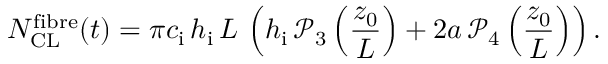
N _ { \mathrm { C L } } ^ { \mathrm { f i b r e } } ( t ) = \pi c _ { \mathrm { i } } \, h _ { \mathrm { i } } \, L \, \left( h _ { \mathrm { i } } \, \mathcal { P } _ { 3 } \left( \frac { z _ { 0 } } { L } \right) + 2 a \, \mathcal { P } _ { 4 } \left( \frac { z _ { 0 } } { L } \right) \right) .